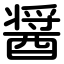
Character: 醤